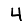
Digit: 4